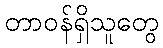
တာဝန်ရှိသူတွေ